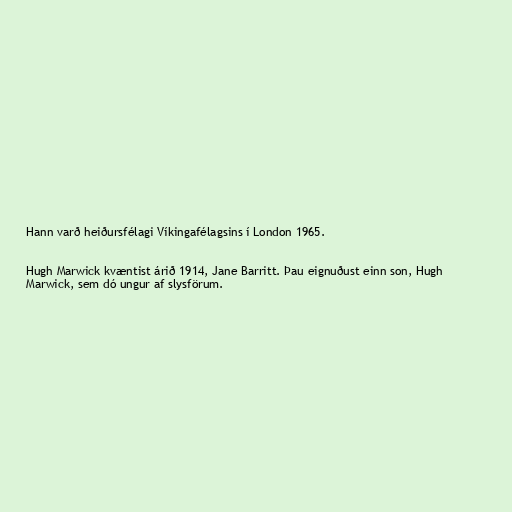
Hann varð heiðursfélagi Víkingafélagsins í London 1965.

Hugh Marwick kvæntist árið 1914, Jane Barritt. Þau eignuðust einn son, Hugh
Marwick, sem dó ungur af slysförum.